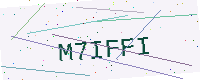
Text: M7IFFI